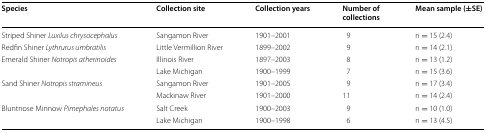
<table><thead><tr><td><b>Species</b></td><td><b>Collection site</b></td><td><b>Collection years</b></td><td><b>Number of collections</b></td><td><b>Mean sample (±SE)</b></td></tr></thead><tbody><tr><td>Striped Shiner <i>Luxilus chrysocephalus</i></td><td>Sangamon River</td><td>1901–2001</td><td>9</td><td>n = 15 (2.4)</td></tr><tr><td>Redfin Shiner <i>Lythrurus umbratilis</i></td><td>Little Vermillion River</td><td>1899–2002</td><td>9</td><td>n = 14 (2.1)</td></tr><tr><td rowspan="2">Emerald Shiner <i>Notropis atherinoides</i></td><td>Illinois River</td><td>1897–2003</td><td>8</td><td>n = 13 (1.2)</td></tr><tr><td>Lake Michigan</td><td>1900–1999</td><td>7</td><td>n = 15 (3.6)</td></tr><tr><td rowspan="2">Sand Shiner <i>Notropis stramineus</i></td><td>Sangamon River</td><td>1901–2005</td><td>9</td><td>n = 17 (3.4)</td></tr><tr><td>Mackinaw River</td><td>1901–2000</td><td>11</td><td>n = 14 (2.4)</td></tr><tr><td rowspan="2">Bluntnose Minnow <i>Pimephales notatus</i></td><td>Salt Creek</td><td>1900–2003</td><td>9</td><td>n = 10 (1.0)</td></tr><tr><td>Lake Michigan</td><td>1900–1998</td><td>6</td><td>n = 13 (4.5)</td></tr></tbody></table>